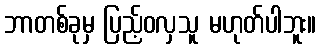
ဘာတစ်ခုမှ ပြည့်ဝလှသူ မဟုတ်ပါဘူး။